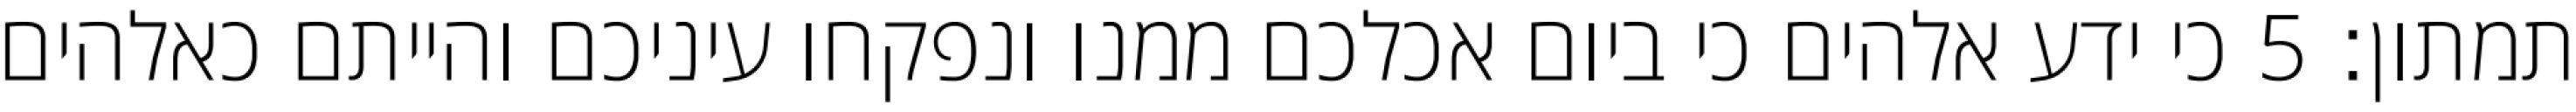
תמתון׃ ‎5‏ כי ידע אלהים כי ביום אכלכם ממנו ונפקחו עיניכם והייתם כאלהים